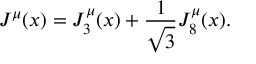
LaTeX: J ^ { \mu } ( x ) = J _ { 3 } ^ { \mu } ( x ) + { \frac { 1 } { \sqrt { 3 } } } J _ { 8 } ^ { \mu } ( x ) .